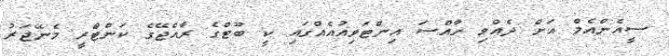
ސީއެންއެމް އަށް ދެއްވި ހާއްސަ އިންޓަވިއުއެއްގައި ކީ ބޫޓްގެ ރާއްޖޭގެ ކަންޓްރީ މެނޭޖަރު